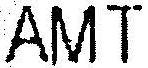
AMT